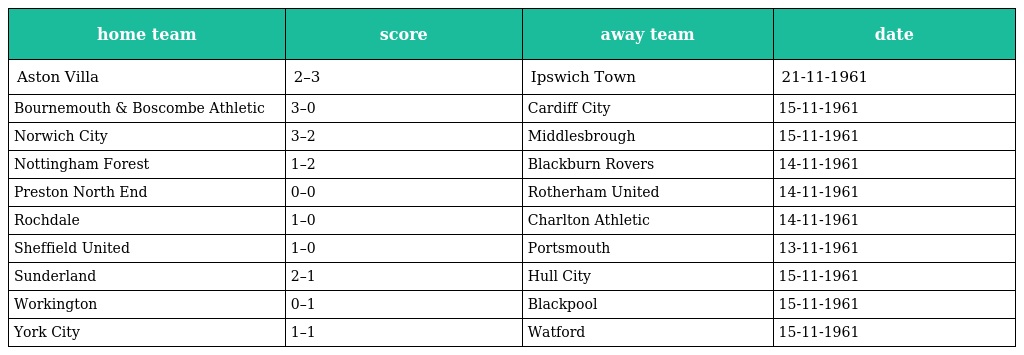
| home team | score | away team | date |
 | --- | --- | --- | --- |
 | Aston Villa | 2–3 | Ipswich Town | 21-11-1961 |
 | Bournemouth & Boscombe Athletic | 3–0 | Cardiff City | 15-11-1961 |
 | Norwich City | 3–2 | Middlesbrough | 15-11-1961 |
 | Nottingham Forest | 1–2 | Blackburn Rovers | 14-11-1961 |
 | Preston North End | 0–0 | Rotherham United | 14-11-1961 |
 | Rochdale | 1–0 | Charlton Athletic | 14-11-1961 |
 | Sheffield United | 1–0 | Portsmouth | 13-11-1961 |
 | Sunderland | 2–1 | Hull City | 15-11-1961 |
 | Workington | 0–1 | Blackpool | 15-11-1961 |
 | York City | 1–1 | Watford | 15-11-1961 |